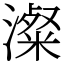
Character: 澯